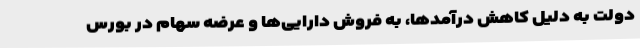
دولت به دلیل کاهش درآمدها، به فروش دارایی‌ها و عرضه سهام در بورس